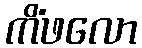
ကိံဖလော